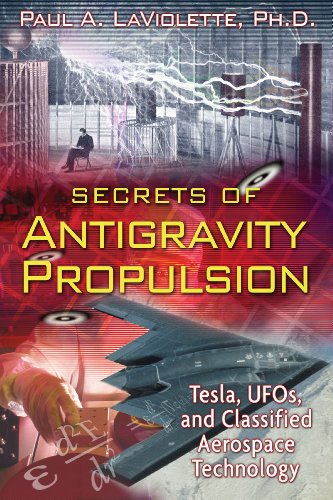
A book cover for Secrets of Antigravity Propulsion: Tesla, UFOs, and Classified Aerospace Technology; Paul A. LaViolette Ph.D.; Engineering & Transportation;